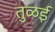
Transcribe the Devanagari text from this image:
तुळई